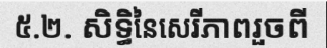
៥.២. សិទ្ធិនៃសេរីភាពរួចពី